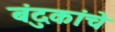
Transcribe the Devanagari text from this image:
बंदुकांचे